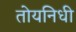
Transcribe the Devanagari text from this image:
तोयनिधी